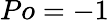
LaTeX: Po=-1